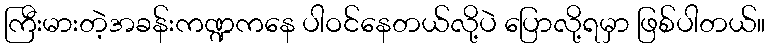
ကြီးမားတဲ့အခန်းကဏ္ဍကနေ ပါဝင်နေတယ်လို့ပဲ ပြောလို့ရမှာ ဖြစ်ပါတယ်။